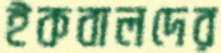
ইকবালদের